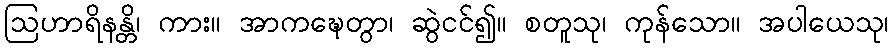
ဩဟာရိနန္တိ၊ ကား။ အာကဍ္ဎေတွာ၊ ဆွဲငင်၍။ စတူသု၊ ကုန်သော။ အပါယေသု၊